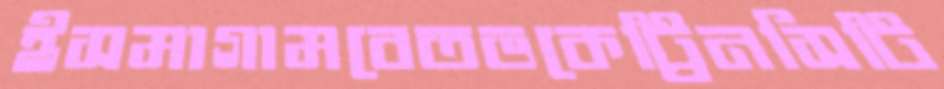
ইসমাগামবেতভকেট্রিনসিটি